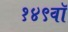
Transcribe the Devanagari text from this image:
१४९वॉ